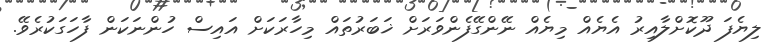
ލިޔެފަ ދޫކޮށްލާއިރު އެޔެއް މިޔެއް ނޭންގޭފެންވަރަށް ޚަބަރުތައް މިހާރަކަށް އައިސް ހުންނަކަން ފާހަގަކުރެވޭ.